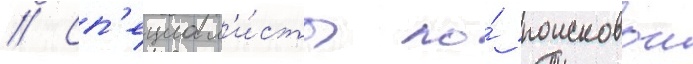
// Сп'ециал'и́сты по́ поисковои